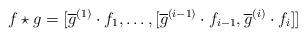
LaTeX: \begin{align*}f\star g=[\overline{g}^{(1)}\cdot f_1,\ldots,[\overline{g}^{(i-1)}\cdot f_{i-1},\overline{g}^{(i)}\cdot f_i]]\end{align*}